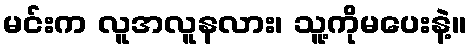
မင်းက လူအလူနလား၊ သူ့ကိုမပေးနဲ့။